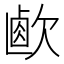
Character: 𣣸